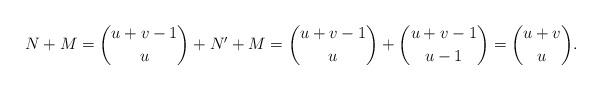
LaTeX: \begin{align*}N+M = \binom{u+v-1}{u} + N'+M = \binom{u+v-1}{u} + \binom{u+v-1}{u-1} = \binom{u+v}{u}.\end{align*}